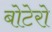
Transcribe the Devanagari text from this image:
बोटेरो